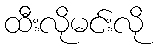
ထီးလိုမင်းလို